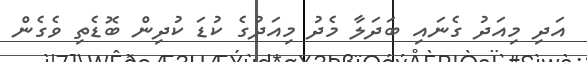
އަދި މިއަދު ގެނައި ބަދަލާ މެދު މިއަދުގެ ކުޑަ ކުދިން ބޮޑެތި ވެގެން